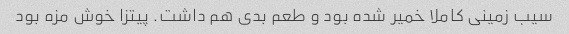
سیب زمینی کاملا خمیر شده بود و طعم بدی هم داشت. پیتزا خوش مزه بود